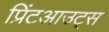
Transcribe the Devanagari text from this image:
प्रिंटआउट्स